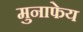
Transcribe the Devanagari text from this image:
मुनाफेय